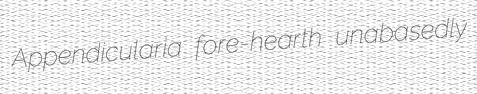
Appendicularia fore-hearth unabasedly